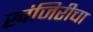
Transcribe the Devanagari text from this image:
खंजिरीचा